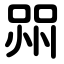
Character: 喌